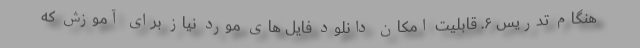
هنگام تدریس ۶. قابلیت امکان دانلود فایل های مورد نیاز برای آموزش که